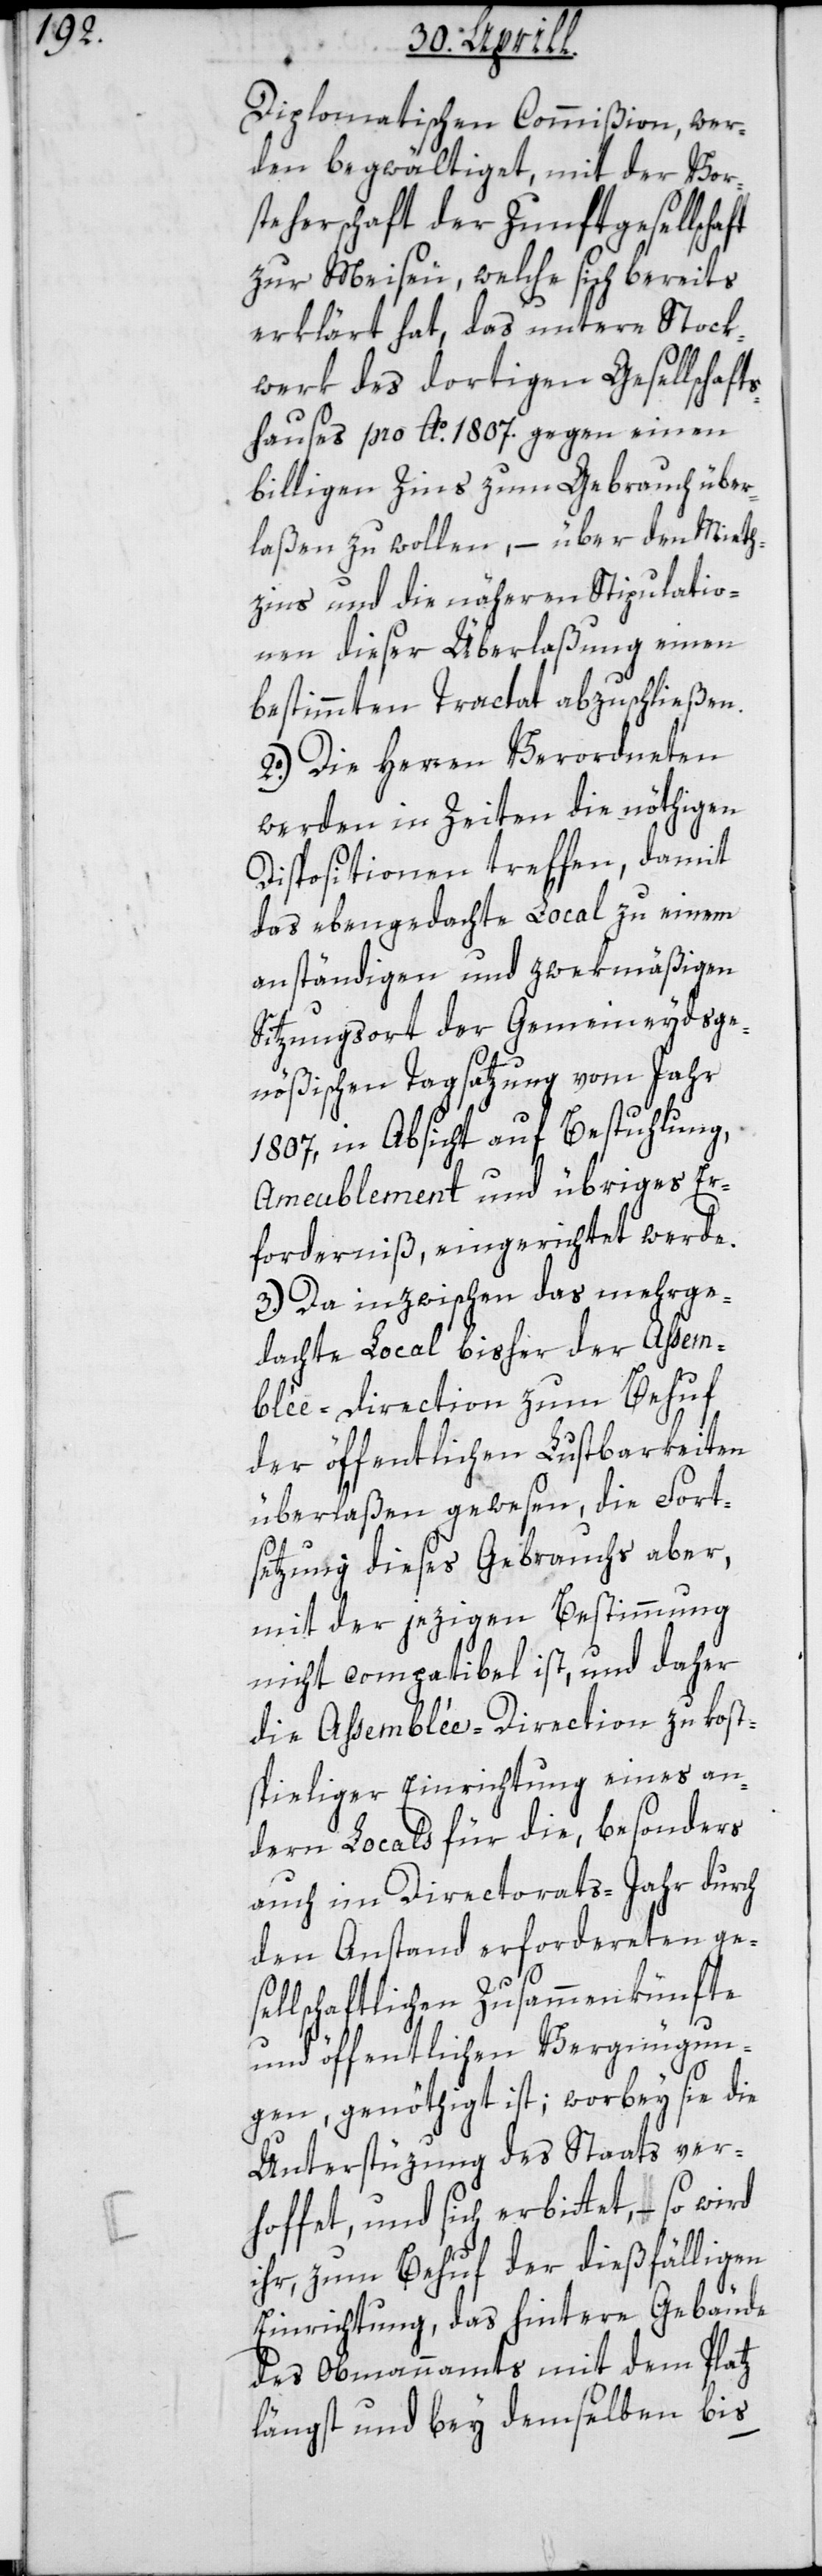
Diplomatischen Commißion, wer¬
den begwältiget, mit der Vor¬
steherschaft der Zunftgesellschaft
zur Meisen, welche sich bereits
erklärt hat, das untere Stock¬
werk des dortigen Gesellschaf¬
tshauses pro Ao. 1807. gegen einen
billigen Zins zum Gebrauch über¬
laßen zu wollen, – über den Mieth¬
zins und die nähern Stipulatio¬
nen dieser Überlaßung einen
bestimmten Tractat abzuschließen.
2.) Die Herren Verordneten
werden in Zeiten die nöthigen
Dispositionen treffen, damit
das ebengedachte Local zu einem
anständigen und zwekmäßigen
Sitzungsort der Gemeineydsge¬
nößischen Tagsatzung vom Jahr
1807, in Absicht auf Bestuhlung,
Ameublement und übriges Er¬
forderniß, eingerichtet werde.
3.) Da inzwischen das mehrge¬
dachte Local bisher der Assem¬
blée-Direction zum Behuf
der öffentlichen Lustbarkeiten
überlaßen gewesen, die Fort¬
setzung dieses Gebrauchs aber,
mit der jezigen Bestimmung
nicht compatibel ist, und daher
die Assemblée-Direction zu kost¬
spieliger Einrichtung eines an¬
dern Locals für die, besonders
auch im Directorats-Jahr durch
den Anstand erfordereten ges¬
ellschaftlichen Zusammenkünfte
und öffentlichen Vergnügun¬
gen, genöthigt ist; wobey sie die
Unterstüzung des Staats ver¬
hoffet, und sich erbittet, – so wird
ihr, zum Behuf der dießfälligen
Einrichtung, das hintere Gebäude
des Obmannamts mit dem Platz
längst und bey demselben bis